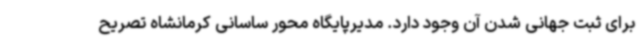
برای ثبت جهانی شدن آن وجود دارد. مدیرپایگاه محور ساسانی کرمانشاه تصریح